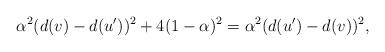
LaTeX: \begin{align*}\alpha^2 (d(v)-d(u'))^2+4(1-\alpha)^2=\alpha^2 (d(u')-d(v))^2,\end{align*}